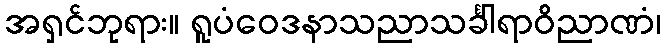
အရှင်ဘုရား။ ရူပံဝေဒနာသညာသင်္ခါရာဝိညာဏံ၊